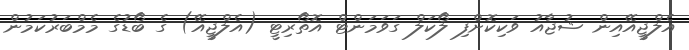
އެލްޖީއޭއިން ޝުޖާއު ވަކިކޮށްފި ލޯކަލް ގަވަމަންޓް އޮތޯރިޓީ (އެލްޖީއޭ) ގެ ބޯޑުގެ މެމްބަރުކަމުން